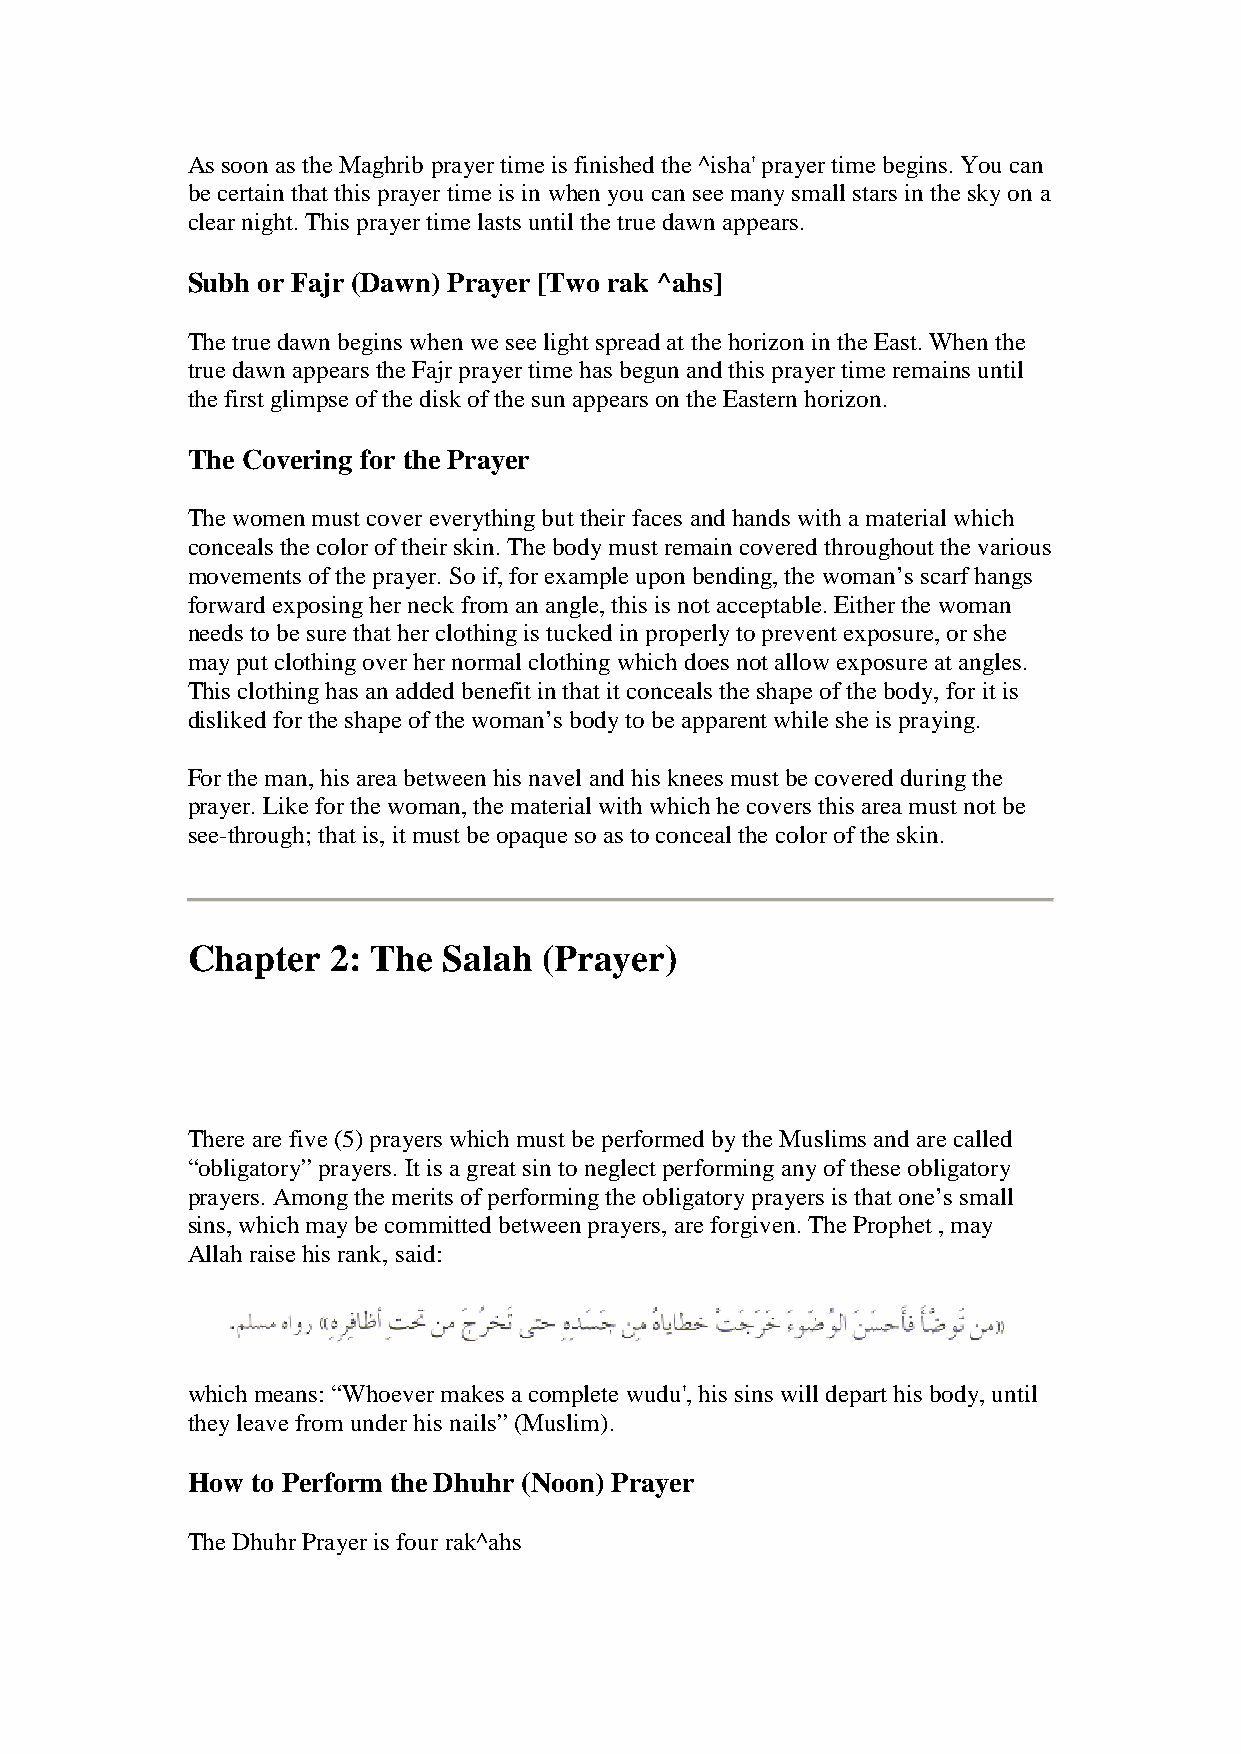
As soon as the Maghrib prayer time is finished the ^isha' prayer time begins. You can
 be certain that this prayer time is in when you can see many small stars in the sky on a
 clear night. This prayer time lasts until the true dawn appears.
 Subh or Fajr (Dawn) Prayer [Two rak ^ahs]
 The true dawn begins when we see light spread at the horizon in the East. When the
 true dawn appears the Fajr prayer time has begun and this prayer time remains until
 the first glimpse of the disk of the sun appears on the Eastern horizon.
 The Covering for the Prayer
 The women must cover everything but their faces and hands with a material which
 conceals the color of their skin. The body must remain covered throughout the various
 movements of the prayer. So if, for example upon bending, the woman’s scarf hangs
 forward exposing her neck from an angle, this is not acceptable. Either the woman
 needs to be sure that her clothing is tucked in properly to prevent exposure, or she
 may put clothing over her normal clothing which does not allow exposure at angles.
 This clothing has an added benefit in that it conceals the shape of the body, for it is
 disliked for the shape of the woman’s body to be apparent while she is praying.
 For the man, his area between his navel and his knees must be covered during the
 prayer. Like for the woman, the material with which he covers this area must not be
 see-through; that is, it must be opaque so as to conceal the color of the skin.
 Chapter   2: The Salah  (Prayer)
 There are five (5) prayers which must be performed by the Muslims and are called
 “obligatory” prayers. It is a great sin to neglect performing any of these obligatory
 prayers. Among the merits of performing the obligatory prayers is that one’s small
 sins, which may be committed between prayers, are forgiven. The Prophet , may
 Allah raise his rank, said:
 which means: “Whoever makes a complete wudu', his sins will depart his body, until
 they leave from under his nails” (Muslim).
 How  to Perform the Dhuhr (Noon) Prayer
 The Dhuhr Prayer is four rak^ahs